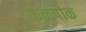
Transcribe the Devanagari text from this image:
फळपीक